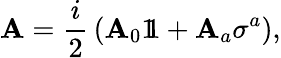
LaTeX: \mathbf{A}={\frac{{i}}{{2}}}\left(\mathbf{A}_{0}1\! \! 1+\mathbf{A}_{a}\sigma^{a}\right),